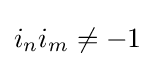
i_{n}i_{m}\neq -1